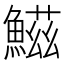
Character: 鰦